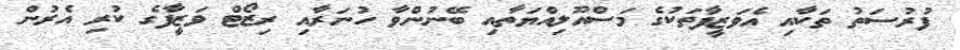
ފުރުސަތު ތަކާއި އެވަޒީފާތަކުގެ މަސްއޫލިއްޔަތާއި ބޭނުންވާ ހުނަރާއި ރިޒޯޓް ވަޒީފާގެ ކުރި އެރުން